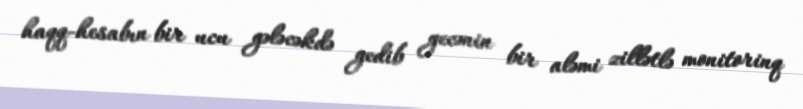
haqq-hesabın bir ucu gələcəkdə gedib gecənin bir aləmi zillətlə monitorinq